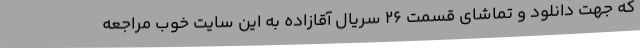
که جهت دانلود و تماشای قسمت 26 سریال آقازاده به این سایت خوب مراجعه